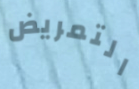
التمريض